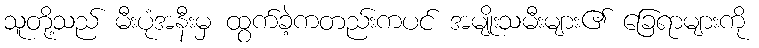
သူတို့သည် မီးပုံအနီးမှ ထွက်ခဲ့ကတည်းကပင် အမျိုးသမီးများ၏ ခြေရာများကို